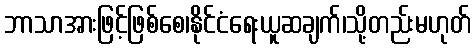
ဘာသာအားဖြင့်ဖြစ်စေ၊နိုင်ငံရေးယူဆချက်၊သို့တည်းမဟုတ်